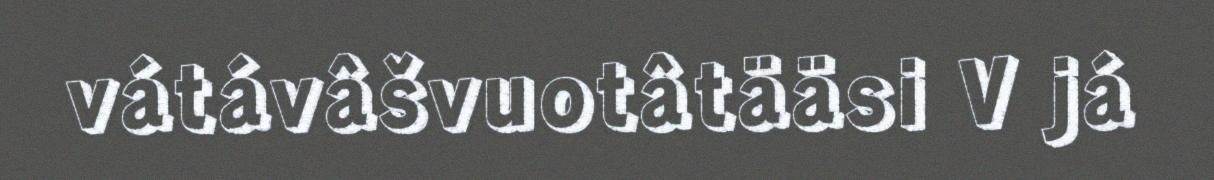
vátávâšvuotâtääsi V já